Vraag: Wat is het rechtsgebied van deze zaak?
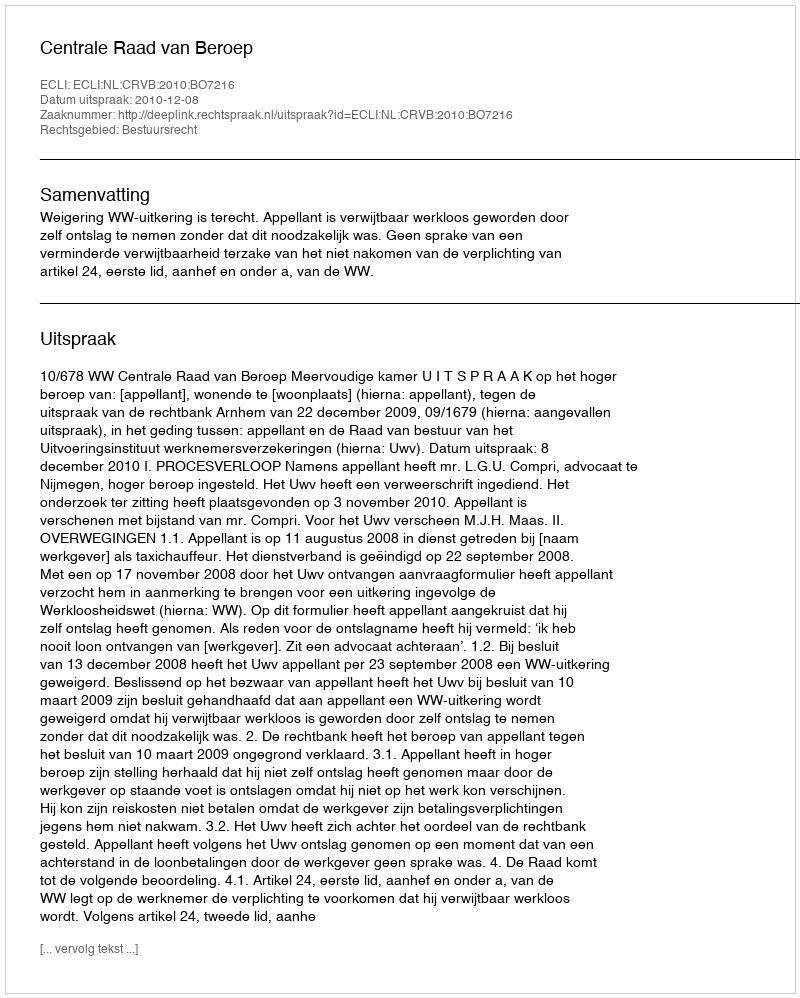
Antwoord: Bestuursrecht